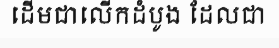
ដើមជាលើកដំបូង ដែលជា